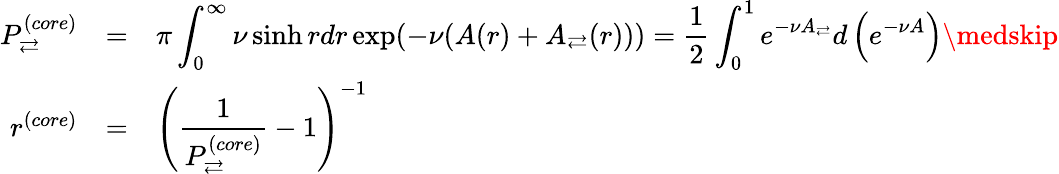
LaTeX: \begin{array}{rll}{P_{\rightleftarrows}^{(core)}}&{=}&{\displaystyle\pi\int_{0}^{\infty}\nu\sinh rdr\exp(-\nu(A(r)+A_{\rightleftarrows}(r)))=\frac{1}{2}\int_{0}^{1}e^{-\nu A_{\rightleftarrows}}d\left(e^{-\nu A}\right)\medskip}\\ {r^{(core)}}&{=}&{\displaystyle\left(\frac{1}{P_{\rightleftarrows}^{(core)}}-1\right)^{-1}}\end{array}